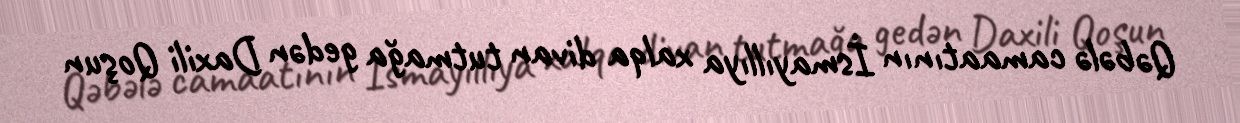
Qəbələ camaatının İsmayıllıya xalqa divan tutmağa gedən Daxili Qoşun